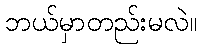
ဘယ်မှာတည်းမလဲ။